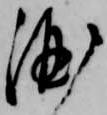
酒